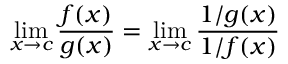
\operatorname* { l i m } _ { x \to c } { \frac { f ( x ) } { g ( x ) } } = \operatorname* { l i m } _ { x \to c } { \frac { 1 / g ( x ) } { 1 / f ( x ) } }